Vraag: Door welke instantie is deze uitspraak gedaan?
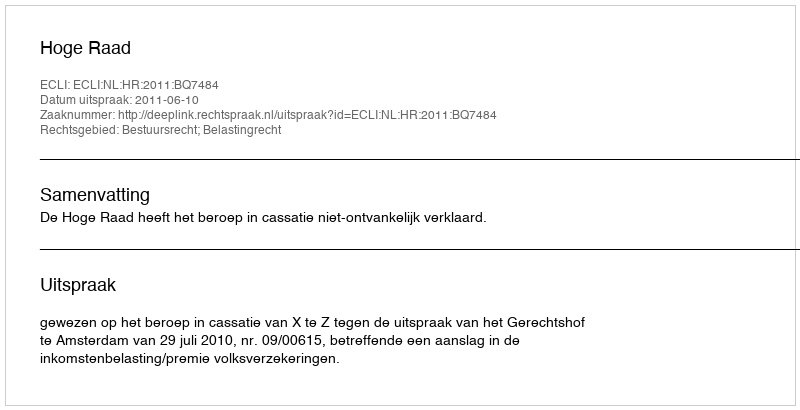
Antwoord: Hoge Raad